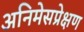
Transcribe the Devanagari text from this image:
अनिमेसप्रेक्षण